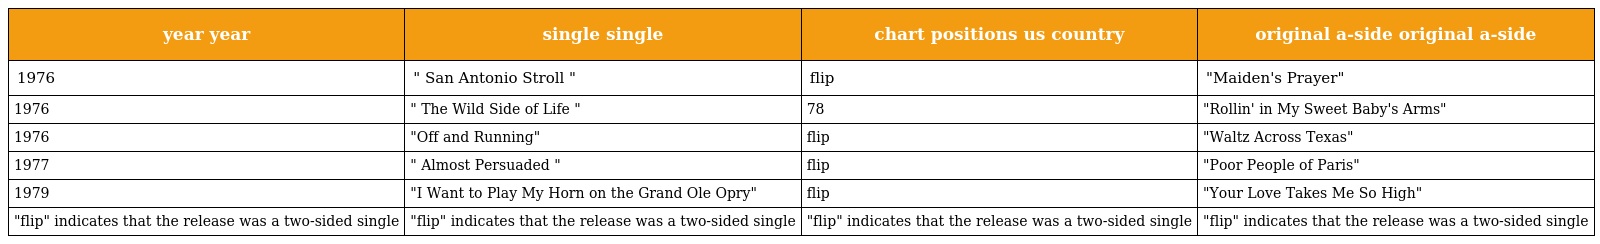
| year year | single single | chart positions us country | original a-side original a-side |
 | --- | --- | --- | --- |
 | 1976 | " San Antonio Stroll " | flip | "Maiden's Prayer" |
 | 1976 | " The Wild Side of Life " | 78 | "Rollin' in My Sweet Baby's Arms" |
 | 1976 | "Off and Running" | flip | "Waltz Across Texas" |
 | 1977 | " Almost Persuaded " | flip | "Poor People of Paris" |
 | 1979 | "I Want to Play My Horn on the Grand Ole Opry" | flip | "Your Love Takes Me So High" |
 | "flip" indicates that the release was a two-sided single | "flip" indicates that the release was a two-sided single | "flip" indicates that the release was a two-sided single | "flip" indicates that the release was a two-sided single |